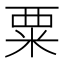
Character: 粟